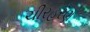
ચીરહરણ